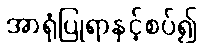
အာရုံပြုရာနှင့်စပ်၍